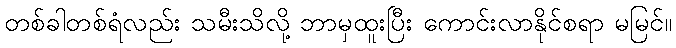
တစ်ခါတစ်ရံလည်း သမီးသိလို့ ဘာမှထူးပြီး ကောင်းလာနိုင်စရာ မမြင်။